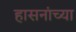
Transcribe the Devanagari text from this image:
हासनांच्या